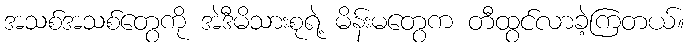
အသစ်အသစ်တွေကို အဲဒီမိသားစုရဲ့ မိန်းမတွေက တီထွင်လာခဲ့ကြတယ်။